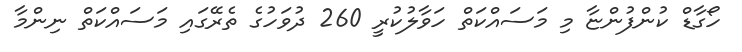
ހޯގާޑް ކުންފުންޏާ މި މަސައްކަތް ހަވާލުކުރީ 260 ދުވަހުގެ ތެރޭގައި މަސައްކަތް ނިންމާ